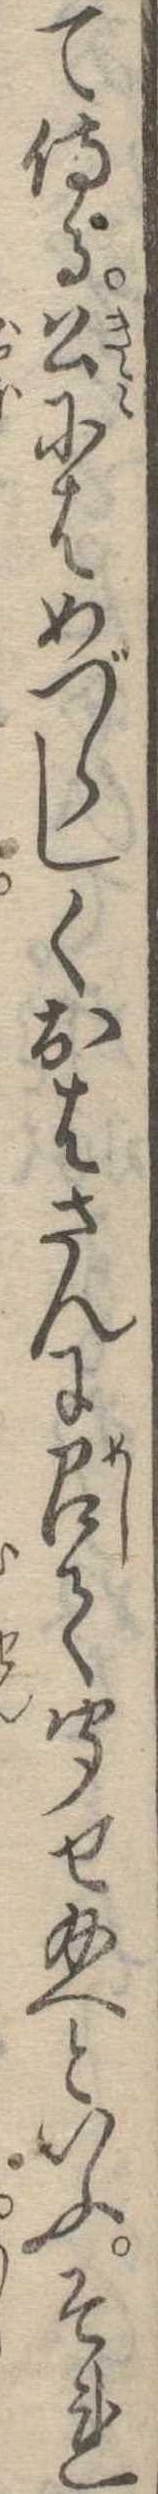
て侍る公にはめづらしくおはさんに召て聞せ給へといふそれ